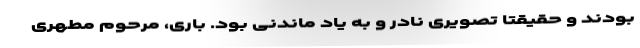
بودند و حقیقتا تصویری نادر و به یاد ماندنی بود. باری، مرحوم مطهری